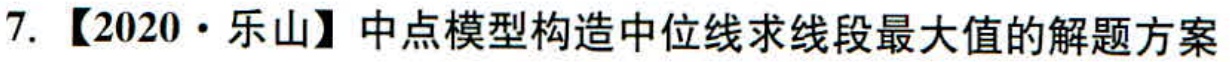
7. 【2020·乐山】中点模型构造中位线求线段最大值的解题方案